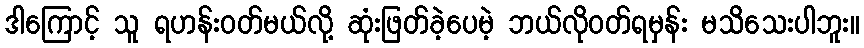
ဒါကြောင့် သူ ရဟန်းဝတ်မယ်လို့ ဆုံးဖြတ်ခဲ့ပေမဲ့ ဘယ်လိုဝတ်ရမှန်း မသိသေးပါဘူး။